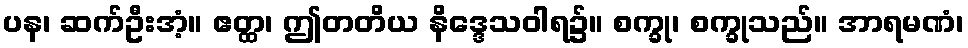
ပန၊ ဆက်ဦးအံ့။ ဧတ္ထ၊ ဤတတိယ နိဒ္ဒေသဝါရ၌။ စက္ခု၊ စက္ခုသည်။ အာရမဏံ၊